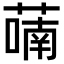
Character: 𬞑